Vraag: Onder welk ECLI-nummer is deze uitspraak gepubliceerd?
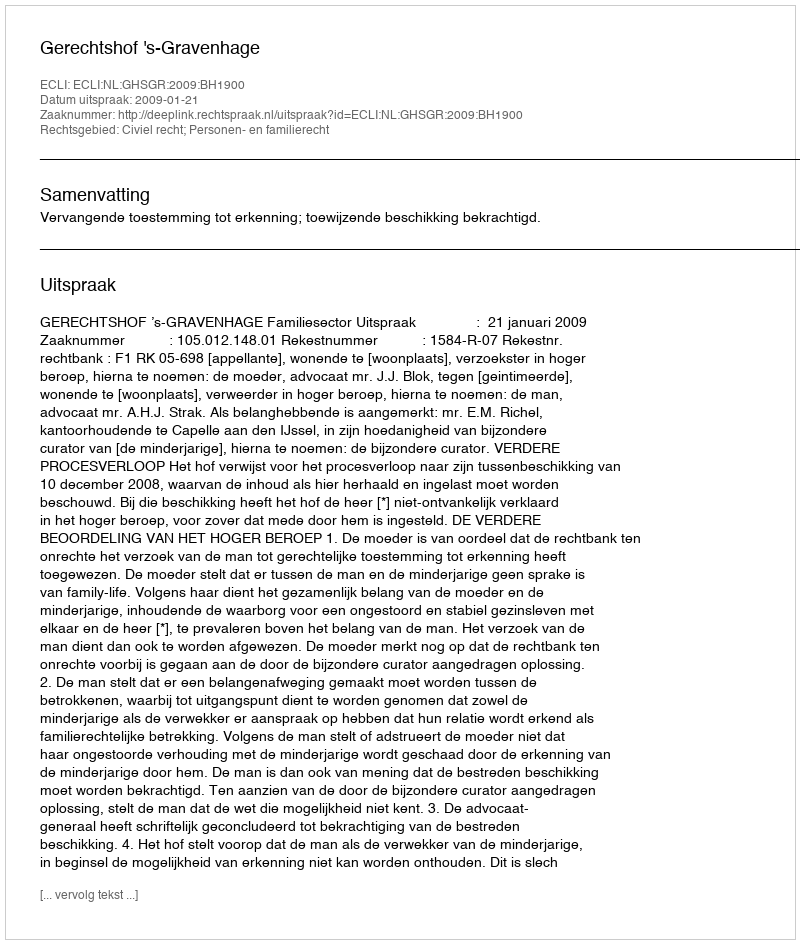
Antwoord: ECLI:NL:GHSGR:2009:BH1900